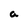
Character: a